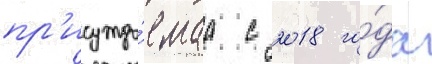
пр'исужда́емаа с 2018 го́да